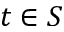
t \in S